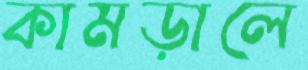
কামড়ালে